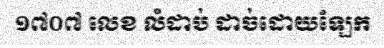
១៧០៧ លេខ លំដាប់ ដាច់ដោយឡែក